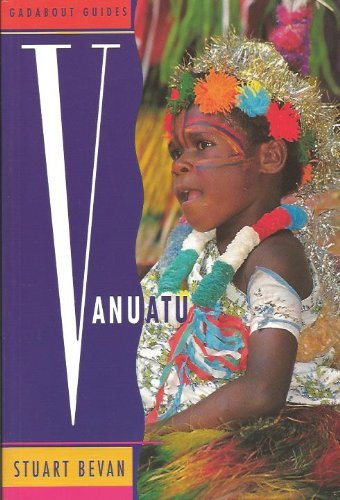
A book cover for Vanuatu (Gadabout Guides); Stuart Bevan; Travel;